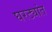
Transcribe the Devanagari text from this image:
घरट्यांत